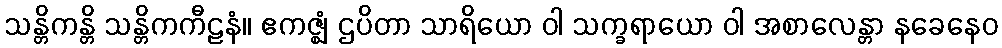
သန္တိကန္တိ သန္တိကကီဠနံ။ ဧကဇ္ဈံ ဌပိတာ သာရိယော ဝါ သက္ခရာယော ဝါ အစာလေန္တာ နခေနေဝ